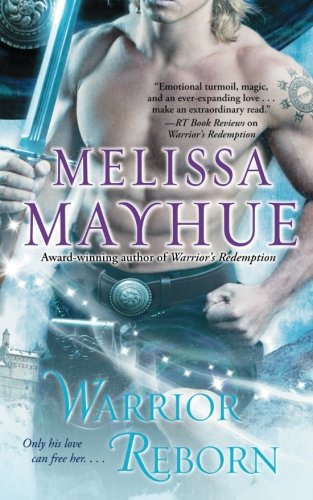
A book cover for Warrior Reborn; Melissa Mayhue; Romance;